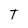
Character: T